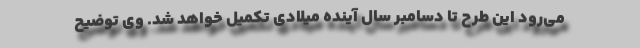
می‌رود این طرح تا دسامبر سال آینده میلادی تکمیل خواهد شد. وی توضیح